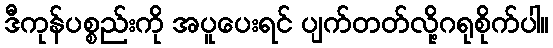
ဒီကုန်ပစ္စည်းကို အပူပေးရင် ပျက်တတ်လို့ဂရုစိုက်ပါ။